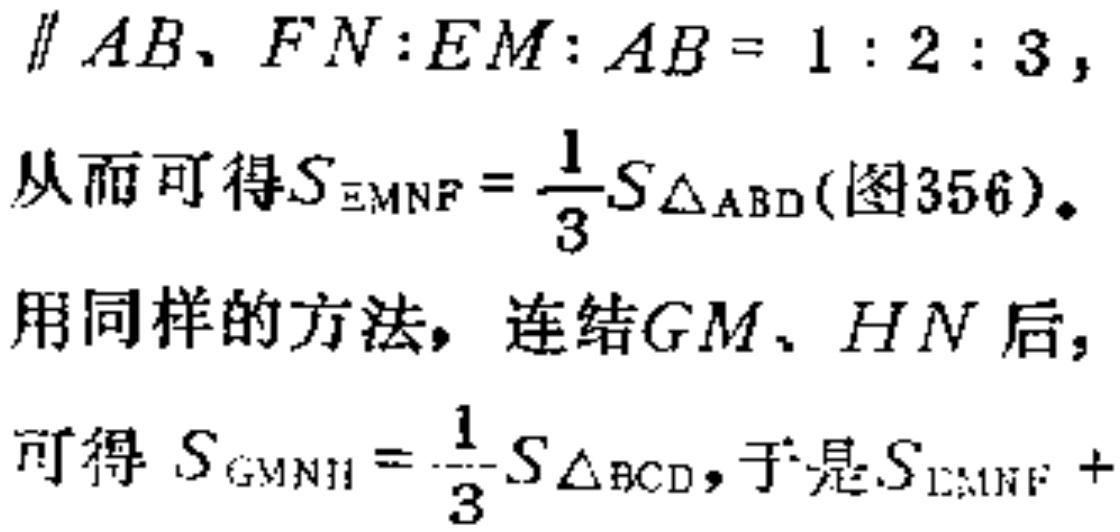
$\parallel AB、FN:EM:AB = 1:2:3,$
从而可得$S_{EMNF}=\frac{1}{3}S_{\triangle ABD}$(图356)。
用同样的方法， 连结$GM、HN$后，
可得$S_{GMNH}=\frac{1}{3}S_{\triangle BCD}$，于是$S_{EMNF}+$